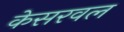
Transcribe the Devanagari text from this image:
केसरवल